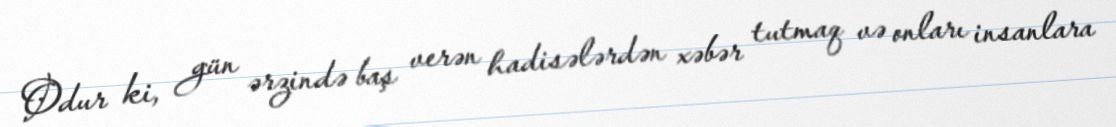
Odur ki, gün ərzində baş verən hadisələrdən xəbər tutmaq və onları insanlara